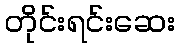
တိုင်းရင်းဆေး